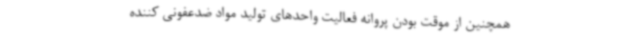
همچنین از موقت بودن پروانه فعالیت واحدهای تولید مواد ضدعفونی کننده